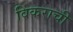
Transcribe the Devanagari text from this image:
विकराची